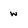
Character: W